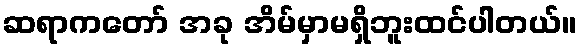
ဆရာကတော် အခု အိမ်မှာမရှိဘူးထင်ပါတယ်။